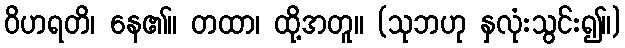
ဝိဟရတိ၊ နေ၏။ တထာ၊ ထို့အတူ။ (သုဘဟု နှလုံးသွင်း၍။)